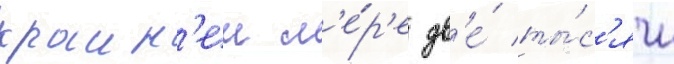
краин'еи м'е́р'е дв'е́ ты́с'ячи